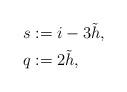
LaTeX: \begin{align*}s & := i - 3 \tilde{h},\\q & := 2 \tilde{h}, \end{align*}